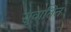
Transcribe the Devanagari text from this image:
सुवातित